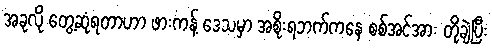
အခုလို တွေ့ဆုံရတာဟာ ဖားကန့် ဒေသမှာ အစိုးရဘက်ကနေ စစ်အင်အား တို့ချဲ့ပြီး